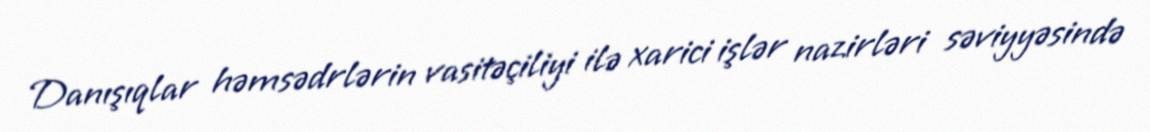
Danışıqlar həmsədrlərin vasitəçiliyi ilə xarici işlər nazirləri səviyyəsində